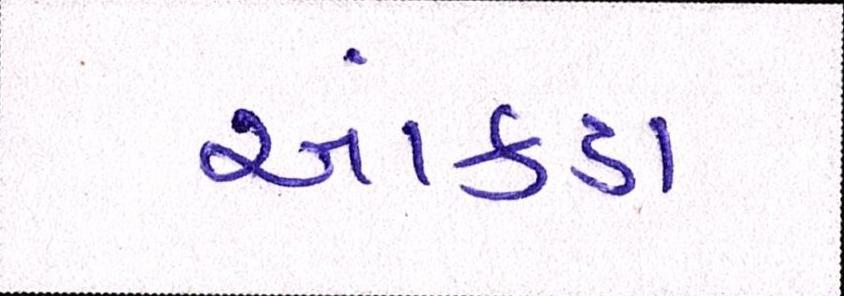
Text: આંકડા